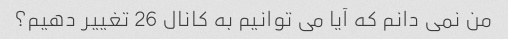
من نمی دانم که آیا می توانیم به کانال 26 تغییر دهیم؟